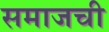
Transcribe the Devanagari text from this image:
समाजची